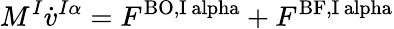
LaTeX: M^{I}\dot{v}^{I\alpha}=F^{\mathrm{BO,I\ alpha}}+F^{\mathrm{BF,I\ alpha}}